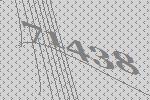
71438